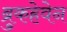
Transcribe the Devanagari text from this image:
ब्रुकहेवेन